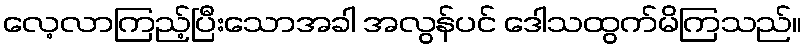
လေ့လာကြည့်ပြီးသောအခါ အလွန်ပင် ဒေါသထွက်မိကြသည်။